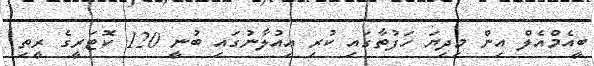
ބީއެމްއެލް އިން މިދިޔަ ހަފުތާގައި ކުރި އިއުލާނުގައި ބުނީ 120 ކޮޓަރީގެ ރީތި